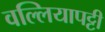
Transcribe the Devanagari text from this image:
वल्लियापट्टी